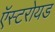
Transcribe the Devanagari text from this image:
ऍस्टरोयड